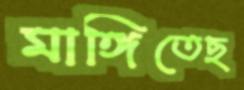
মাঙ্গিতেছ